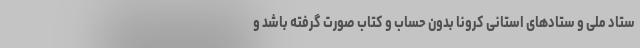
ستاد ملی و ستادهای استانی کرونا بدون حساب و کتاب صورت گرفته باشد و